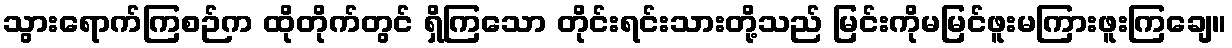
သွားရောက်ကြစဉ်က ထိုတိုက်တွင် ရှိကြသော တိုင်းရင်းသားတို့သည် မြင်းကိုမမြင်ဖူးမကြားဖူးကြချေ။